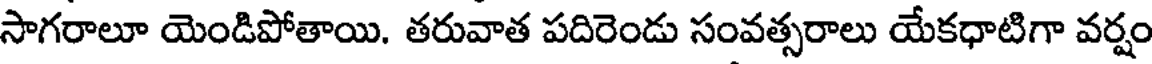
సాగరాలూ యెండిపోతాయి. తరువాత పదిరెండు సంవత్సరాలు యేకధాటిగా వర్షం